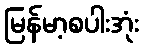
မြန်မာ့စပါးအုံး